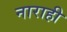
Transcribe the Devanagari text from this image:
नाराही